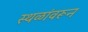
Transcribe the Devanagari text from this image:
स्थळांवरून